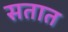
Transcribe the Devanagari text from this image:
सतात